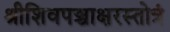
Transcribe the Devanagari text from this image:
श्रीशिवपञ्चाक्षरस्तोत्रं